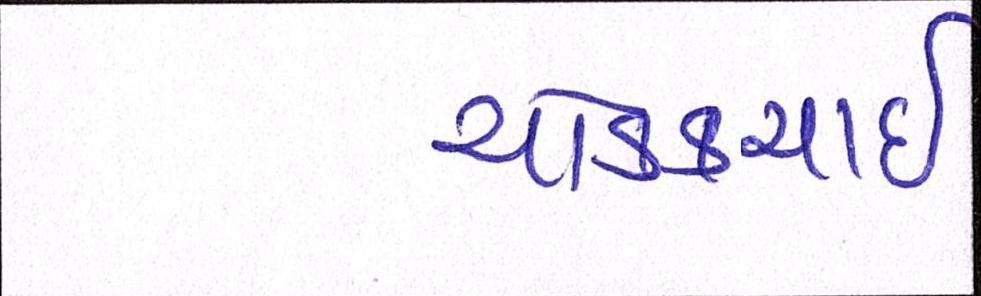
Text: ચોક્કચાઇ